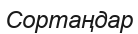
Сортаңдар